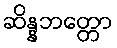
ဆိန္နဘတ္တော